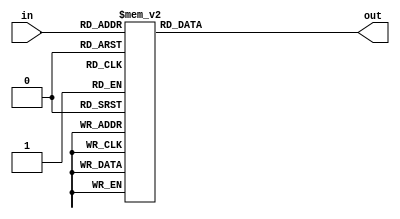
`timescale 1ns / 1ps
//////////////////////////////////////////////////////////////////////////////////
// Company: 
// Engineer: 
// 
// Design Name: 
// Module Name: add3
// Project Name: 
// Target Devices: 
// Tool Versions: 
// Description: 
// 
// Dependencies: 
// 
// Revision:
// Revision 0.01 - File Created
// Additional Comments:
// 
//////////////////////////////////////////////////////////////////////////////////


module add3(     
input [3:0] in, 	//Four inputs 
output reg [3:0] out);	 //Declaring output as registers
always @ (in) 		//Describing an event that should happen to input when certain condition is met. 
case (in) 	//The case  statement is a decision instruction that executes the statement.
4'b0000: out <= 4'b0000; 	//Here when all four input (in) bits (A3,A2,A1,A0) are Zeros (0000), out is 0000 (S3,S2,S1,S0)
4'b0001: out <= 4'b0001;
4'b0010: out <= 4'b0010; 
4'b0011: out <= 4'b0011; 
4'b0100: out <= 4'b0100; 
4'b0101: out <= 4'b1000;
4'b0110: out <= 4'b1001;
4'b0111: out <= 4'b1010;
4'b1000: out <= 4'b1011; 
4'b1001: out <= 4'b1100;

default: out <= 4'b0000; 
endcase
endmodule